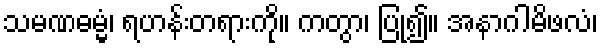
သမဏဓမ္မံ၊ ရဟန်းတရားကို။ ကတွာ၊ ပြု၍။ အနာဂါမိဖလံ၊